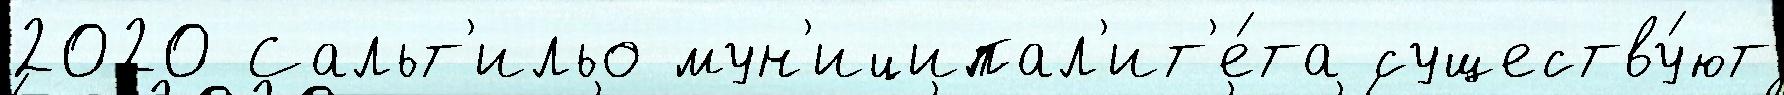
2020 Сальт'ильо мун'иципал'ит'е́та существу́ют